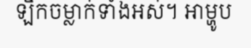
ឡឹកចម្លាក់ទាំងអស់។ អាម្ហូប